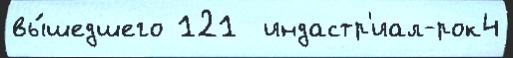
вы́шедшего 121  индастр'иал-рок4